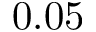
0 . 0 5